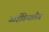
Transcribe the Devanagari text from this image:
आईडियालैब